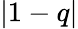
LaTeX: |1-q|